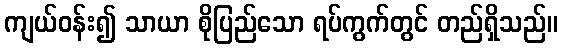
ကျယ်ဝန်း၍ သာယာ စိုပြည်သော ရပ်ကွက်တွင် တည်ရှိသည်။